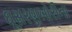
ઘૂસરણખોરીના